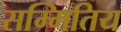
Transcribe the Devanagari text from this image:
सम्मितिय